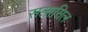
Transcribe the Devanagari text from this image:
सलासिल